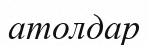
атолдар